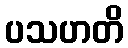
ပသဟတိ